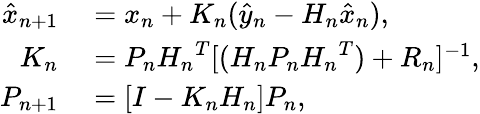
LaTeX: \begin{array}{rl}{\hat{x}_{n+1}}&{{}=x_{n}+K_{n}(\hat{y}_{n}-H_{n}\hat{x}_{n}),}\\ {K_{n}}&{{}=P_{n}{H_{n}}^{T}[(H_{n}P_{n}{H_{n}}^{T})+R_{n}]^{-1},}\\ {P_{n+1}}&{{}=[I-K_{n}H_{n}]P_{n},}\end{array}